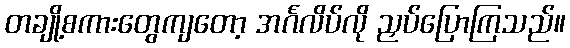
တချို့စကားတွေကျတော့ အင်္ဂလိပ်လို ညှပ်ပြောကြသည်။